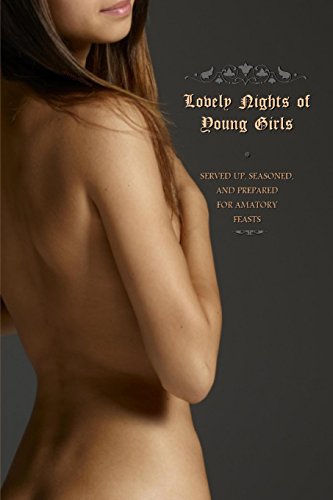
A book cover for Lovely Nights of Young Girls: Served Up, Seasoned, and Prepared for Amatory Feasts; Anonymous; Romance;